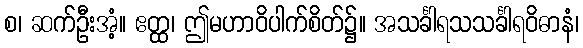
စ၊ ဆက်ဦးအံ့။ ဧတ္ထ၊ ဤမဟာဝိပါက်စိတ်၌။ အသင်္ခါရသသင်္ခါရဝိဓာနံ၊